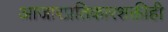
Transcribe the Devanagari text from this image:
आजारप्रतिकारशक्तीही